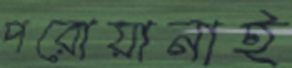
পরোয়ানাই